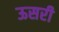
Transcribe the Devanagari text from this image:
ऊसरी